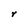
Character: r